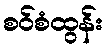
စဝ်စံထွန်း